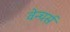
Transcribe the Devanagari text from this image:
वेन्चर्स